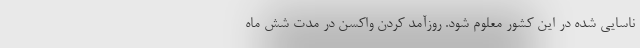
ناسایی شده در این کشور معلوم شود. روزآمد کردن واکسن در مدت شش ماه